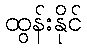
ထွန်းနိုင်